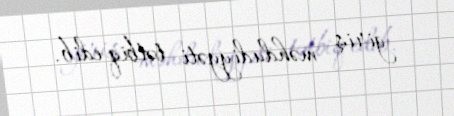
giriş məhdudiyyəti tətbiq edib.